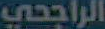
الراجحي